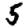
Digit: 5